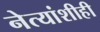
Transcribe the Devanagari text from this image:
नेत्यांशीही